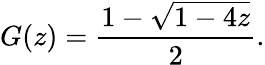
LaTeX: G(z)={\frac{1-{\sqrt{1-4z}}}{2}}.